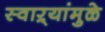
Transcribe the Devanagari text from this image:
स्वाऱ्यांमुळे